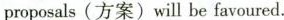
proposals (方案) will be favoured.